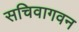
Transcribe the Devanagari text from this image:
सचिवागवन